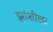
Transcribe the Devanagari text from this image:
झांशीला